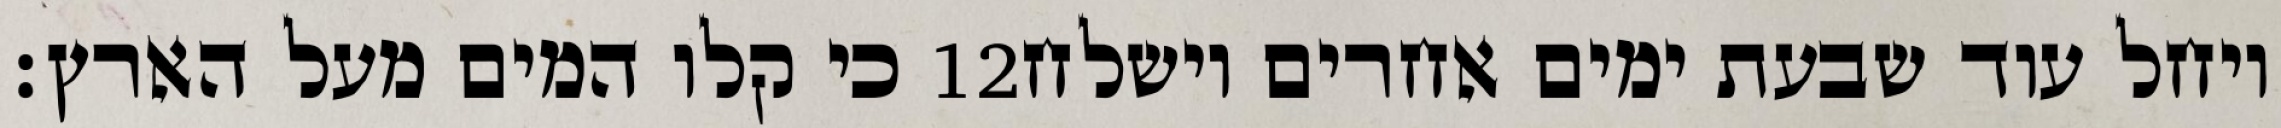
כי קלו המים מעל הארץ׃ ‎12‏ ויחל עוד שבעת ימים אחרים וישלח